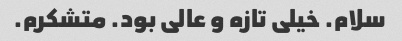
سلام. خیلی تازه و عالی بود. متشکرم.